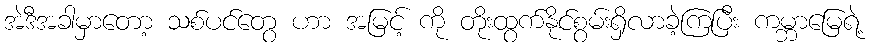
အဲဒီအခါမှာတော့ သစ်ပင်တွေ ဟာ အမြင့် ကို တိုးထွက်နိုင်စွမ်းရှိလာခဲ့ကြပြီး ကမ္ဘာမြေရဲ့